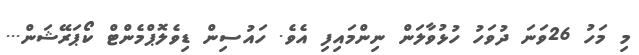
މި މަހު 26ވަނަ ދުވަހު ހުޅުވާލަން ނިންމައިފި އެވެ. ހައުސިން ޑިވެލޮޕްމެންޓް ކޯޕަރޭޝަން...